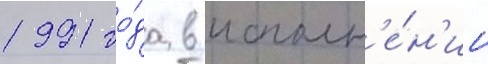
1991 го́да в исполн'е́н'ии